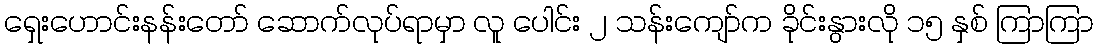
ရှေးဟောင်းနန်းတော် ဆောက်လုပ်ရာမှာ လူ ပေါင်း ၂ သန်းကျော်က ခိုင်းနွားလို ၁၅ နှစ် ကြာကြာ